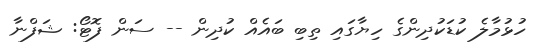
ހުޅުމާލެ ކުޑަކުދިންގެ ހިޔާގައި ތިބި ބައެއް ކުދިން -- ސަން ފޮޓޯ: ޝަފްނާ